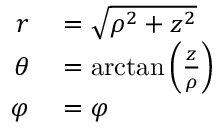
\begin{array} { r l } { r } & { { } = { \sqrt { \rho ^ { 2 } + z ^ { 2 } } } } \\ { \theta } & { { } = \arctan \left( { \frac { z } { \rho } } \right) } \\ { \varphi } & { { } = \varphi } \end{array}